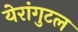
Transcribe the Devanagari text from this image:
येरांगुटल